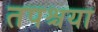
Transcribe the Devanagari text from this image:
तपश्चया